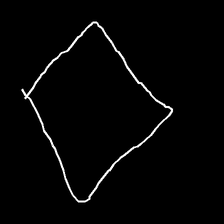
Glyph: light